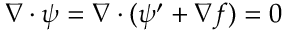
\nabla \cdot \boldsymbol { \psi } = \nabla \cdot ( \boldsymbol { \psi ^ { \prime } } + \nabla f ) = 0